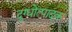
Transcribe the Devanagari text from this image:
दुग्धोत्पादक